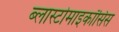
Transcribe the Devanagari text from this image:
ब्लास्टोमाइकॉसिस